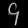
Digit: ၄